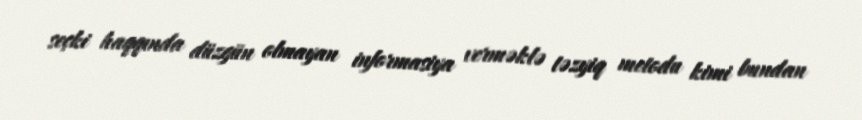
seçki haqqında düzgün olmayan informasiya verməklə təzyiq metodu kimi bundan